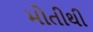
મોતીથી